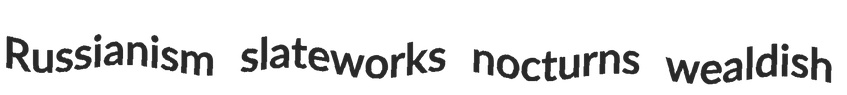
Russianism slateworks nocturns wealdish